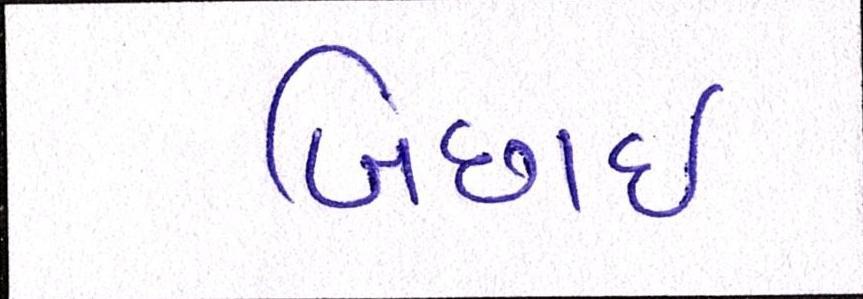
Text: બિછાઇ